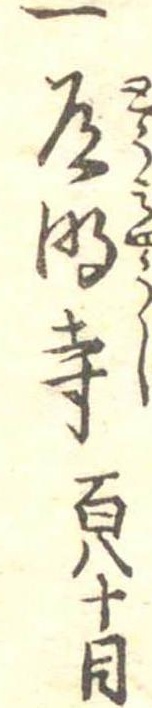
一道明寺百八十目